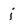
Character: j